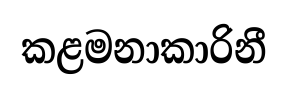
කළමනාකාරිනී